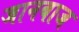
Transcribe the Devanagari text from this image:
जानबाज